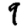
Digit: 9